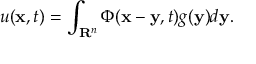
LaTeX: u ( \mathbf { x } , t ) = \int _ { \mathbf { R } ^ { n } } \Phi ( \mathbf { x } - \mathbf { y } , t ) g ( \mathbf { y } ) d \mathbf { y } .